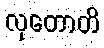
လုတောတိ